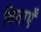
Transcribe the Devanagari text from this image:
बिताएँ